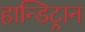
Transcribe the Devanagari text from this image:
हान्डिट्रान